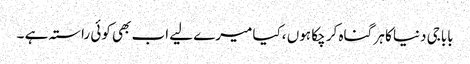
باباجی دنیا کا ہر گناہ کر چکا ہوں ،کیا میرے لیے اب بھی کوئی راستہ ہے ۔